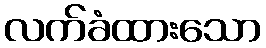
လက်ခံထားသော